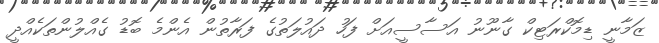
ޒަމާނީ ޑިމޮކްރަޓިކް ގާނޫނު އަސާސީއަށް ފަހު ދައުލަތުގެ ފަރާތުން އެންމެ ބޮޑު ގެއްލުންތަކެއްދީ